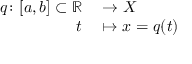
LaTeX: \begin{array} { r l } { { \boldsymbol { q } } \colon [ a , b ] \subset \mathbb { R } } & { { } \to X } \\ { t } & { { } \mapsto x = { \boldsymbol { q } } ( t ) } \end{array}